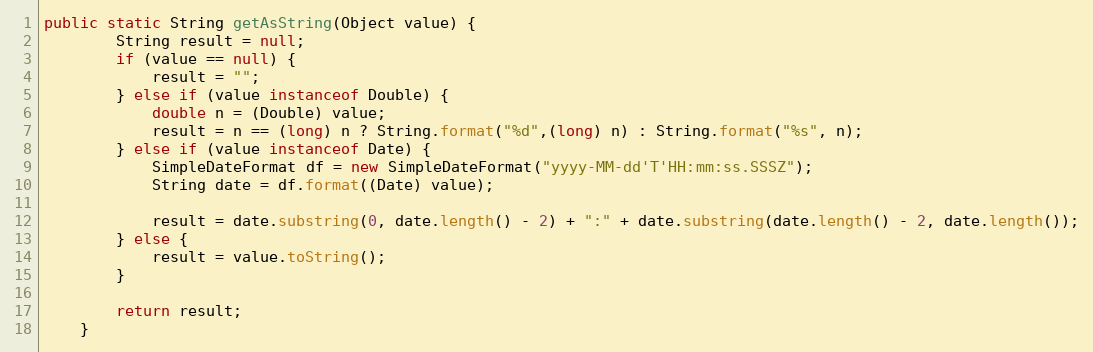
Language: Java
public static String getAsString(Object value) {
		String result = null;
		if (value == null) {
			result = "";
		} else if (value instanceof Double) {
			double n = (Double) value;
			result = n == (long) n ? String.format("%d",(long) n) : String.format("%s", n);
		} else if (value instanceof Date) {
			SimpleDateFormat df = new SimpleDateFormat("yyyy-MM-dd'T'HH:mm:ss.SSSZ");
			String date = df.format((Date) value);

			result = date.substring(0, date.length() - 2) + ":" + date.substring(date.length() - 2, date.length());
		} else {
			result = value.toString();
		}

		return result;
	}